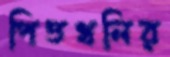
পিত্তথলির